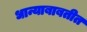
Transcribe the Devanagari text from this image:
धान्याबाबतीत